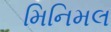
મિનિમલ